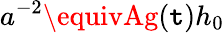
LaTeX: a^{-2}\equivAg(\mathtt{t})h_{0}